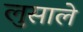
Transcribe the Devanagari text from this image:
लुसाले